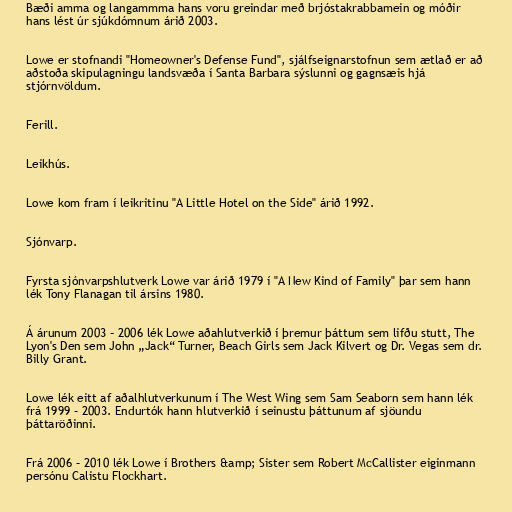
Bæði amma og langammma hans voru greindar með brjóstakrabbamein og móðir
hans lést úr sjúkdómnum árið 2003.

Lowe er stofnandi "Homeowner's Defense Fund", sjálfseignarstofnun sem ætlað er að
aðstoða skipulagningu landsvæða í Santa Barbara sýslunni og gagnsæis hjá
stjórnvöldum.

Ferill.

Leikhús.

Lowe kom fram í leikritinu "A Little Hotel on the Side" árið 1992.

Sjónvarp.

Fyrsta sjónvarpshlutverk Lowe var árið 1979 í "A New Kind of Family" þar sem hann
lék Tony Flanagan til ársins 1980.

Á árunum 2003 – 2006 lék Lowe aðahlutverkið í þremur þáttum sem lifðu stutt, The
Lyon's Den sem John „Jack“ Turner, Beach Girls sem Jack Kilvert og Dr. Vegas sem dr.
Billy Grant.

Lowe lék eitt af aðalhlutverkunum í The West Wing sem Sam Seaborn sem hann lék
frá 1999 – 2003. Endurtók hann hlutverkið í seinustu þáttunum af sjöundu
þáttaröðinni.

Frá 2006 – 2010 lék Lowe í Brothers &amp; Sister sem Robert McCallister eiginmann
persónu Calistu Flockhart.